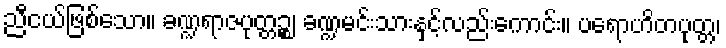
ညီငယ်ဖြစ်သော။ ခဏ္ဍရာဇပုတ္တဉ္စ၊ ခဏ္ဍမင်းသားနှင့်လည်းကောင်း။ ပရောဟိတပုတ္တ၊